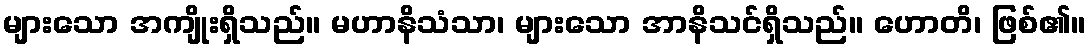
များသော အကျိုးရှိသည်။ မဟာနိသံသာ၊ များသော အာနိသင်ရှိသည်။ ဟောတိ၊ ဖြစ်၏။